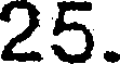
25.